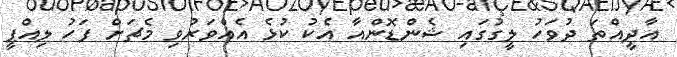
އާދީއްތަ ދުވަހު ލީގުގައި ޝެންޑޮންއާ އެކު ކުޅެ އެއްވަރުވި މެޗަށް ފަހު ލިއްޕީ